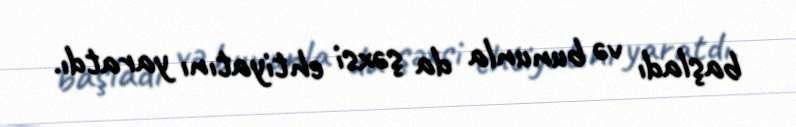
başladı və bununla da şəxsi ehtiyatını yaratdı.